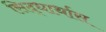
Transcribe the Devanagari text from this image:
सिद्धार्थास